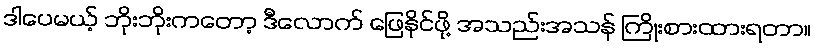
ဒါပေမယ့် ဘိုးဘိုးကတော့ ဒီလောက် ဖြေနိုင်ဖို့ အသည်းအသန် ကြိုးစားထားရတာ။